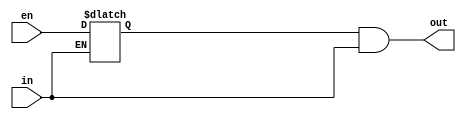
/* verilator lint_off UNOPTFLAT */

module EICG_wrapper(
  output out,
  input en,
  input in
);

  reg en_latched /*verilator clock_enable*/;

  always @(en or in) begin
     if (!in) begin
        en_latched = en;
     end
  end

  assign out = en_latched && in;

endmodule